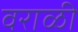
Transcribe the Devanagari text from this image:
वराळी